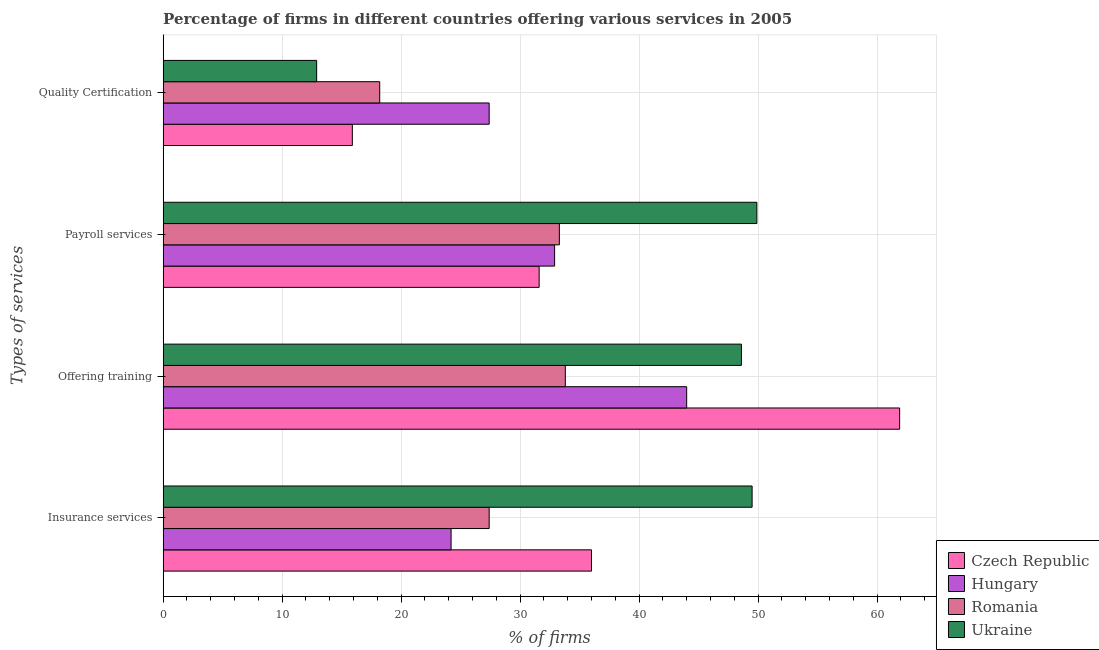
| Types of services | Czech Republic | Hungary | Romania | Ukraine |
 | --- | --- | --- | --- | --- |
 | Insurance services | 36 | 24.2 | 27.4 | 49.5 |
 | Offering training | 61.9 | 44 | 33.8 | 48.6 |
 | Payroll services | 31.6 | 32.9 | 33.3 | 49.9 |
 | Quality Certification | 15.9 | 27.4 | 18.2 | 12.9 |